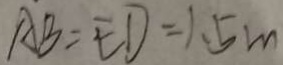
A B = E D = 1 . 5 m